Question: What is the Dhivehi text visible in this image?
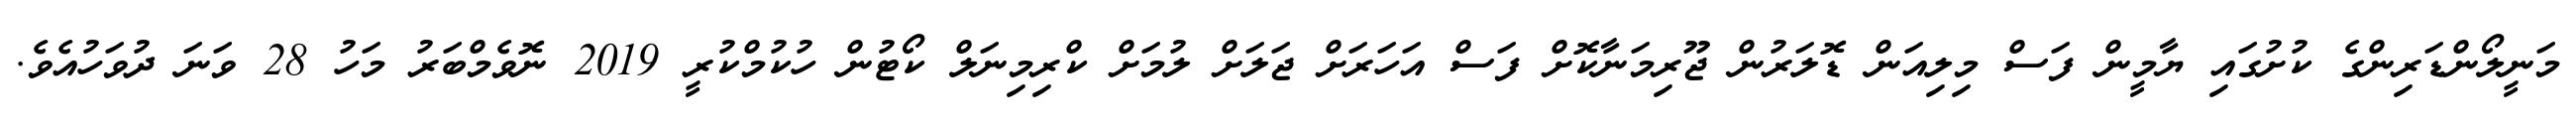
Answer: މަނީލޯންޑަރިންގެ ކުށުގައި ޔާމީން ފަސް މިލިއަން ޑޮލަރުން ޖޫރިމަނާކޮށް ފަސް އަހަރަށް ޖަލަށް ލުމަށް ކްރިމިނަލް ކޯޓުން ހުކުމްކުރީ 2019 ނޮވެމްބަރު މަހު 28 ވަނަ ދުވަހުއެވެ.